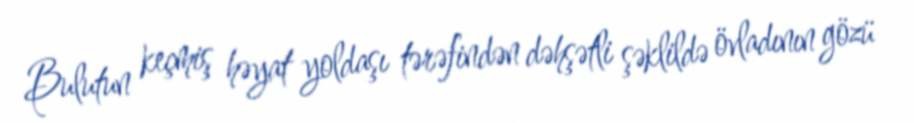
Bulutun keçmiş həyat yoldaşı tərəfindən dəhşətli şəklildə övladının gözü